Cholera in India, 1862 to 1881
Year: 1862
Disease focus: Cholera
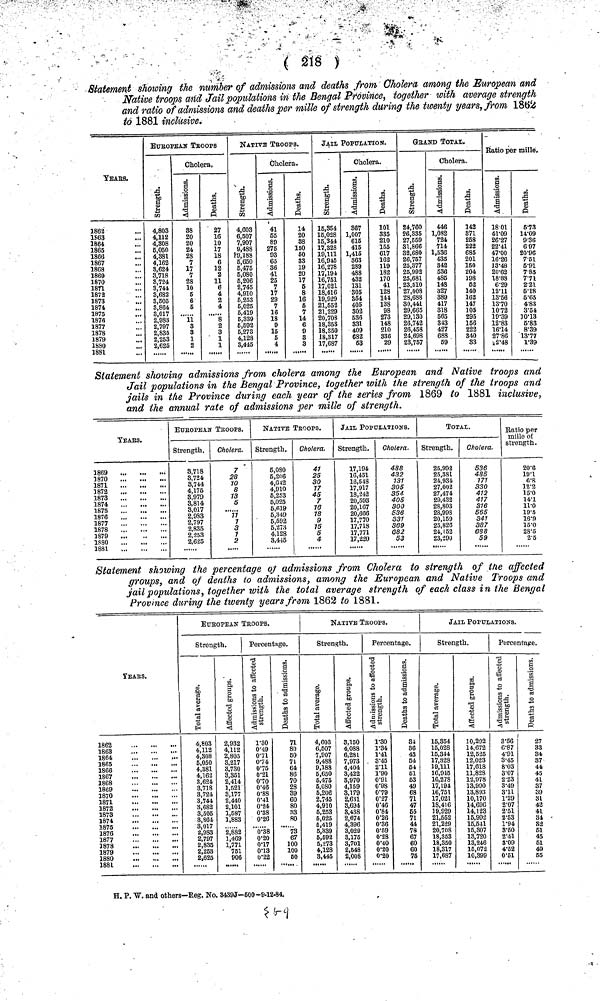
( 218 )
Statement showing the number of admissions and deaths from Cholera among the European and
Native troops and Jail populations in the Bengal Province, together with average strength
and ratio of admissions and deaths per mille of strength during the twenty years, from 1862
to 1881 inclusive.
YEArS.
1862
1S63
1864
1865
1866
1867
1868
1869
1870
1871
1872
1873
1874
1875
1876
1877
1878
1879
1880
1881
EUrOPEAn TrOOPS
4,803
4,112
4,808
6,050
4,381
4,162
8,624
3,718
8,724
3,744
3,682
3,505
3,864
3,017
2,983
2,797
2,835
2,253
2,625
Cholera,
Admissions.
88
20
24
28
7
17
7
28
10
6
6
5
11
3
3
1
2
Deaths.
27
16
10
17
18
6
12
2
11
6
4
a
4
8
2
3
1
1
NATIVE TrOOPs.
4,603
6,507
7,907
9,488
P 9,188
5,650
6,475
6,080
6,206
2,745
4,910
5,253
5,025
6,419
5,339
5,592
5,273
4,128
3,445
Cholera.
Admissions.
41
55
89
275
93
65
86
41
25
7
17
29
7
16
18
9
16
6
4
Deaths.
14
20
88
150
50
33
19
20
17
5
8
16
5
7
14
6
9
3
3
JAIL POPULATION.
15,854
16,028
15,344
17,328
19,111
16,915
16,278
17,191
16,751
17,021
18,416
19,929
21,552
21,229
20,703
18,353
18,850
18,317
17,687
Cholera.
Admissions.
867
1,007
615
415
1,415
363
289
488
432
131
305
354
405
302
536
331
409
C82
63
Deaths.
101
335
210
155
617
162
119
182
170
41
128
144
138
98
273
148
210
336
29
GrAND TOTAL.
24,760
26,335
27,569
31,866
32,680
26,757
25,377
25,992
25,681
23,510
27,008
28,688
80,441
29,665
29,130
26,742
26,458
24,698
23,757
Cholera.
Admissions.
446
1,032
724
714
1,536
435
342
636
485
148
327
389
417
318
565
343
427
688
59
Deaths.
142
871
258
222
685
201
150
204
198
62
140
162
147
105
295
156
222
340
S3
Ratio per mille.
Admissions.
1801
41.09
26.27
22.41
47.00
16.26
13.48
20.62
18.88
6.29
12.11
13.56
13.70
1072
19.39
12.83
16.14
27.86
12.48
Deaths.
5.73
14.09
9.36
697
20.90
7.51
5.91
7.85
7.71
2.21
6.18
5.65
4.83
3.54
10.13
5.83
8.39
13.77
1.39
Statement showing admissions from cholera among the European and Native troops and
Jail populations in the Bengal Province, together with the strength of the troops and
jails in the Province during each year of the series from 1869 to 1881 inclusive,
and the annual rate of admissions per mille of strength.
YEArS.
1869
1870
1871
1872
1873
1874
1875
1876
1877
1878
1879
1S80
1881
EUrOPEAn TrOOPS.
Strength.
3,718
8,724
8,744
4,175
8,979
3,814
8,017
2,983
2,797
2,835
2,253
2,625
Cholera.
7
28
10
8
13
5
••• .
11
1
3
1
2
.....
NATIVE TROOPS.
Strength.
6,080
6,206
4,012
4,910
6,253
5,025
6,619
5,349
5,592
6.273
4,128
3,415
Cholera.
41
25
30
17
45
7
18
18
9
15
5
4
JAIL POPULATIONS.
Strength.
17,194
16,451
16,548
17,917
18,242
20,593
20,167
20,666
17,770
17,718
17,771
17,220
Cholera.
488
432
131
305
354
405
300
536
331
369
682
53
TOTAL.
Strength.
25,992
25,381
24,934
27,002
27,474
29,432
28,803
28,998
20,159
25,826
24,152
23,290
......
Cholera.
536
485
171
330
412
417
316
565
341
387
688
59
Ratio per
mille of
strength.
20.6
19.1
6.8
12.2
15.0
14.1
11.0
19.5
16.9
15.0
28.5
2.5
Statement showing the percentage of admissions from Cholera to strength of the affected
groups, and of deaths to admissions, among the European and Native Troops and
jail populations, together with the total average strength of each class in the Bengal
Province during the twenty years from 1862 to 1881.
yEArS.
1862
1863
1864
1865
1866
1867
1868
1869
1870
1871
1872
1873
1874
1875
1876
1877
1878
1879
1880
1881
EUBOPEAN TROOPS.
Strength.
4,803
4,112
4,308
5,050
4,381
4,162
3,624
8,718
8,724
3,744
8,682
3,505
8,864
8,017
2,983
2,797
2,835
2,253
2,625
Affected groups.
2,932
4,112
2,805
3,217
8,730
3,351
2,414
1,521
3,177
2,440
2,101
1,587
1,883
2,882
1,469
1,771
751
906
Percentage.
strength
1.30
0.49
0.71
0.74
0.75
0.21
0.70
0.6
0.88
0.41
0.24
0.38
0.26
0.38
0.20
0.17
0.13
0.22
Deaths to admissions.
71
80
60
71
64
86
70
28
39
60
80
33
80
73
67
100
100
50
NATIVE TrOOPS.
Strength.
Total average.
4,603
6,607
7,907
9,488
9,188
6,050
6,475
5,080
5,206
2,745
4,910
5,253
5,025
5,419
5,339
5,592
5,273
4,128
8,445
Affected groups.
3,150
4,088
6,281
7,973
4,404
3,422
3,970
4,159
3,179
2,631
8,694
8,438
2,674
4,396
3,029
3,175
3,701
2,548
2,008
Percentage.
strength
1.30
1.34
1.41
. 3.45
2.11
1.90
0.91
0.9S
0.79
0.27
0.46
0.84
0.26
0.36
0.59
0.28
0.40
0.0
0.20
Deaths to admissions.
34
36
43
54
61
51
63
49
68
71
47
55
71
44
78
67
60
60
75
JAIL POPULATIONS.
Strength.
Total average.
15,354
15,028
15,344
17,328
19,111
16,915
16,278
17,194
16,751
17,021
18,416
19,929
21,552
21,229
20,708
18,353
18,350
18,317
17,687
Affected grou
10,292
14,672
12,525
12,023
17,618
11,828
12,978
13,990
13,893
10,170
14,696
14,123
16,992
16,511
15,807
13,720
13,246
15,072
10,399
Percentage.
Admissions to affected
strength
3.56
6.87
4.91
3.45
8.03
3.07
2.23
3.49
3.11
1.29
2.07
2.51
2.53
1.94
3.50
2.41
3.09
4.52
0.51
Deaths to admission
27
33
84
37
44
45
41
37
39
31
42
41
34
32
61
45
61
49
55
H. P. W. and others—Reg. No. 8439J-600-9-12-84.